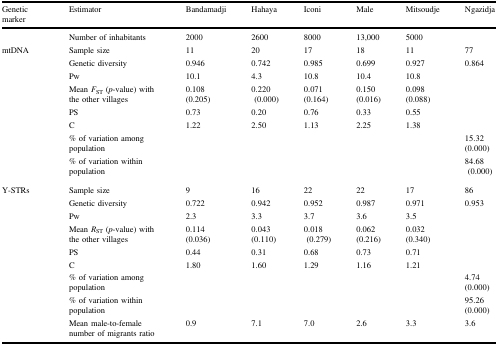
<table><thead><tr><td><b>Genetic marker</b></td><td><b>Estimator</b></td><td><b>Bandamadji</b></td><td><b>Hahaya</b></td><td><b>Iconi</b></td><td><b>Male</b></td><td><b>Mitsoudje</b></td><td><b>Ngazidja</b></td></tr></thead><tbody><tr><td></td><td>Number of inhabitants</td><td>2000</td><td>2600</td><td>8000</td><td>13,000</td><td>5000</td><td></td></tr><tr><td rowspan="6">mtDNA</td><td>Sample size</td><td>11</td><td>20</td><td>17</td><td>18</td><td>11</td><td>77</td></tr><tr><td>Genetic diversity</td><td>0.946</td><td>0.742</td><td>0.985</td><td>0.699</td><td>0.927</td><td>0.864</td></tr><tr><td>Pw</td><td>10.1</td><td>4.3</td><td>10.8</td><td>10.4</td><td>10.8</td><td></td></tr><tr><td>Mean <i>F</i><sub>ST</sub> (<i>p</i>-value) with the other villages</td><td>0.108(0.205)</td><td>0.220 (0.000)</td><td>0.071(0.164)</td><td>0.150(0.016)</td><td>0.098(0.088)</td><td></td></tr><tr><td>PS</td><td>0.73</td><td>0.20</td><td>0.76</td><td>0.33</td><td>0.55</td><td></td></tr><tr><td>C</td><td>1.22</td><td>2.50</td><td>1.13</td><td>2.25</td><td>1.38</td><td></td></tr><tr><td></td><td>% of variation among population</td><td></td><td></td><td></td><td></td><td></td><td>15.32(0.000)</td></tr><tr><td></td><td>% of variation within population</td><td></td><td></td><td></td><td></td><td></td><td>84.68 (0.000)</td></tr><tr><td rowspan="6">Y-STRs</td><td>Sample size</td><td>9</td><td>16</td><td>22</td><td>22</td><td>17</td><td>86</td></tr><tr><td>Genetic diversity</td><td>0.722</td><td>0.942</td><td>0.952</td><td>0.987</td><td>0.971</td><td>0.953</td></tr><tr><td>Pw</td><td>2.3</td><td>3.3</td><td>3.7</td><td>3.6</td><td>3.5</td><td></td></tr><tr><td>Mean <i>R</i><sub>ST</sub> (<i>p</i>-value) with the other villages</td><td>0.114(0.036)</td><td>0.043(0.110)</td><td>0.018 (0.279)</td><td>0.062(0.216)</td><td>0.032(0.340)</td><td></td></tr><tr><td>PS</td><td>0.44</td><td>0.31</td><td>0.68</td><td>0.73</td><td>0.71</td><td></td></tr><tr><td>C</td><td>1.80</td><td>1.60</td><td>1.29</td><td>1.16</td><td>1.21</td><td></td></tr><tr><td></td><td>% of variation among population</td><td></td><td></td><td></td><td></td><td></td><td>4.74(0.000)</td></tr><tr><td></td><td>% of variation within population</td><td></td><td></td><td></td><td></td><td></td><td>95.26(0.000)</td></tr><tr><td></td><td>Mean male-to-female number of migrants ratio</td><td>0.9</td><td>7.1</td><td>7.0</td><td>2.6</td><td>3.3</td><td>3.6</td></tr></tbody></table>